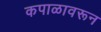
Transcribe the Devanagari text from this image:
कपाळावरून